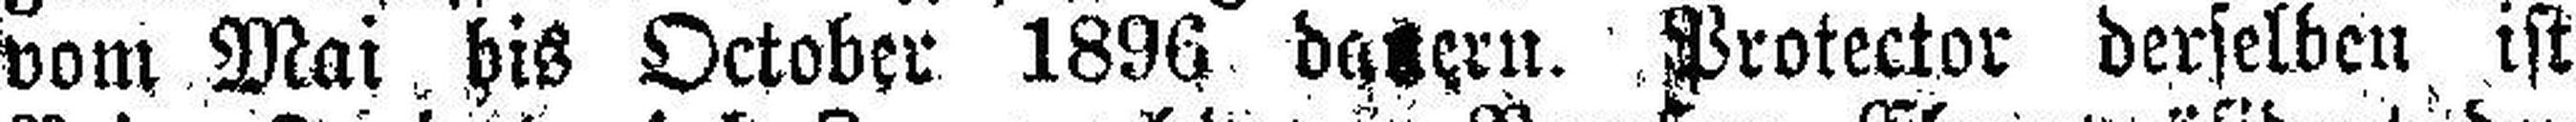
vom Mai bis October 1896 datern. Protector derselben ist